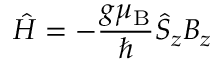
\hat { \cal H } = - \frac { g { \ensuremath { \mu _ { \mathrm { B } } } } } { \hbar } \hat { S } _ { z } B _ { z }